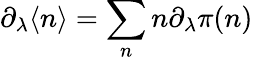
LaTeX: \partial_{\lambda}\langle n\rangle=\sum_{n}n\partial_{\lambda}\pi(n)